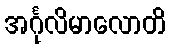
အင်္ဂုလိမာလောတိ